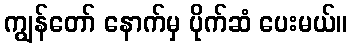
ကျွန်တော် နောက်မှ ပိုက်ဆံ ပေးမယ်။